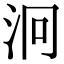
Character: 泂